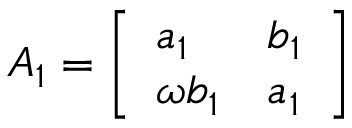
A _ { 1 } = { \left[ \begin{array} { l l } { a _ { 1 } } & { b _ { 1 } } \\ { \omega b _ { 1 } } & { a _ { 1 } } \end{array} \right] }